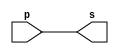
// Exemplo0001 - buffer
// Nome: Vitor Angelo Lima

module buffer (output s, input p);
	assign s = p;
endmodule

module testbuffer;
	reg a;
	wire s;
	buffer BF1 (s, a);

	initial begin:start
		a=0;
	end

	initial begin:main
		$display("Exemplo 0001 - Vitor Angelo Lima - 451621");
		$display("Test buffer:");
		$display("\t	time\ta = s");
		$monitor("%d\t%b = %b", $time, a, s);
		#1 a=1;
		#2 a=0;
	end
endmodule